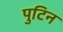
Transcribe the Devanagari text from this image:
पुटिन